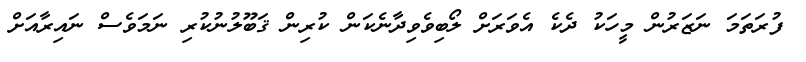
ފުރަތަމަ ނަޒަރުން މީހަކު ދެކެ އެވަރަށް ލޯބިވެވިދާނެކަން ކުރިން ޤަބޫލުނުކުރި ނަމަވެސް ނައިރާއަށް